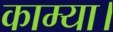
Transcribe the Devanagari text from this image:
काम्या।